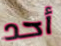
أحد